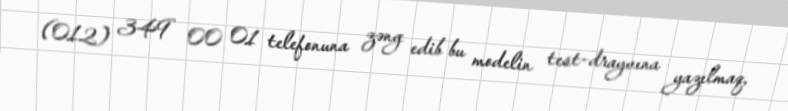
(012) 349 00 01 telefonuna zəng edib bu modelin test-drayvına yazılmaq,